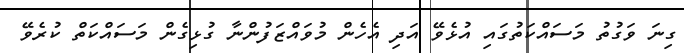
ގިނަ ވަގުތު މަސައްކަތުގައި އުޅެވޭ އަދި އެހެން މުވައްޒަފުންނާ ގުޅިގެން މަސައްކަތް ކުރެވޭ